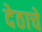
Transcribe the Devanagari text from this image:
देठाचे